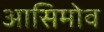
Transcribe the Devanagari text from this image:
आसिमोव